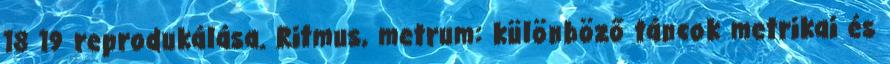
18 19 reprodukálása. Ritmus, metrum: különböző táncok metrikai és